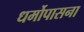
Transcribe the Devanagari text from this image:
धर्मोपासना